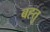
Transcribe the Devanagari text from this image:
बह्तु